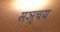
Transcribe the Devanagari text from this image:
सञ्चय